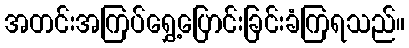
အတင်းအကြပ်ရွှေ့ပြောင်းခြင်းခံကြရသည်။